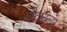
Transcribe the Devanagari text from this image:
गोटातल्या